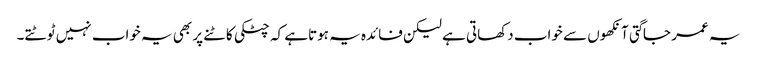
یہ عمر جاگتی آنکھوں سے خواب دکھاتی ہے لیکن فائدہ یہ ہوتاہے کہ چٹکی کاٹنے پر بھی یہ خواب نہیں ٹوٹتے۔